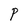
Character: P